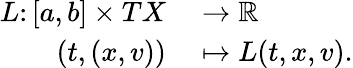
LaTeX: \begin{array}{rl}{L\colon[a,b]\times TX}&{{}\to\mathbb{R}}\\ {(t,(x,v))}&{{}\mapsto L(t,x,v).}\end{array}